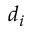
d _ { i }